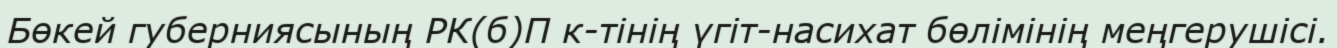
Бөкей губерниясының РК(б)П к-тінің үгіт-насихат бөлімінің меңгерушісі.